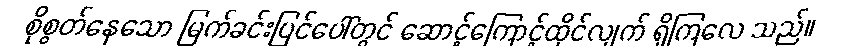
စိုစွတ်နေသော မြက်ခင်းပြင်ပေါ်တွင် ဆောင့်ကြောင့်ထိုင်လျက် ရှိကြလေ သည်။